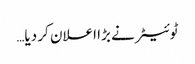
ٹوئیٹر نے بڑا اعلان کر دیا…